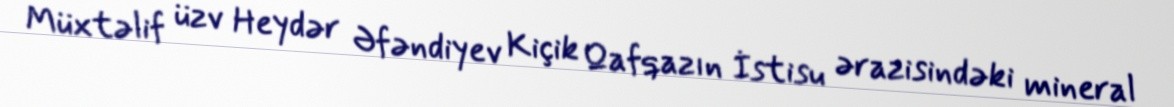
Müxtəlif üzv Heydər Əfəndiyev Kiçik Qafqazın İstisu ərazisindəki mineral